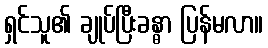
ရှင်သူ၏ ချုပ်ပြီးခန္ဓာ ပြန်မလာ။